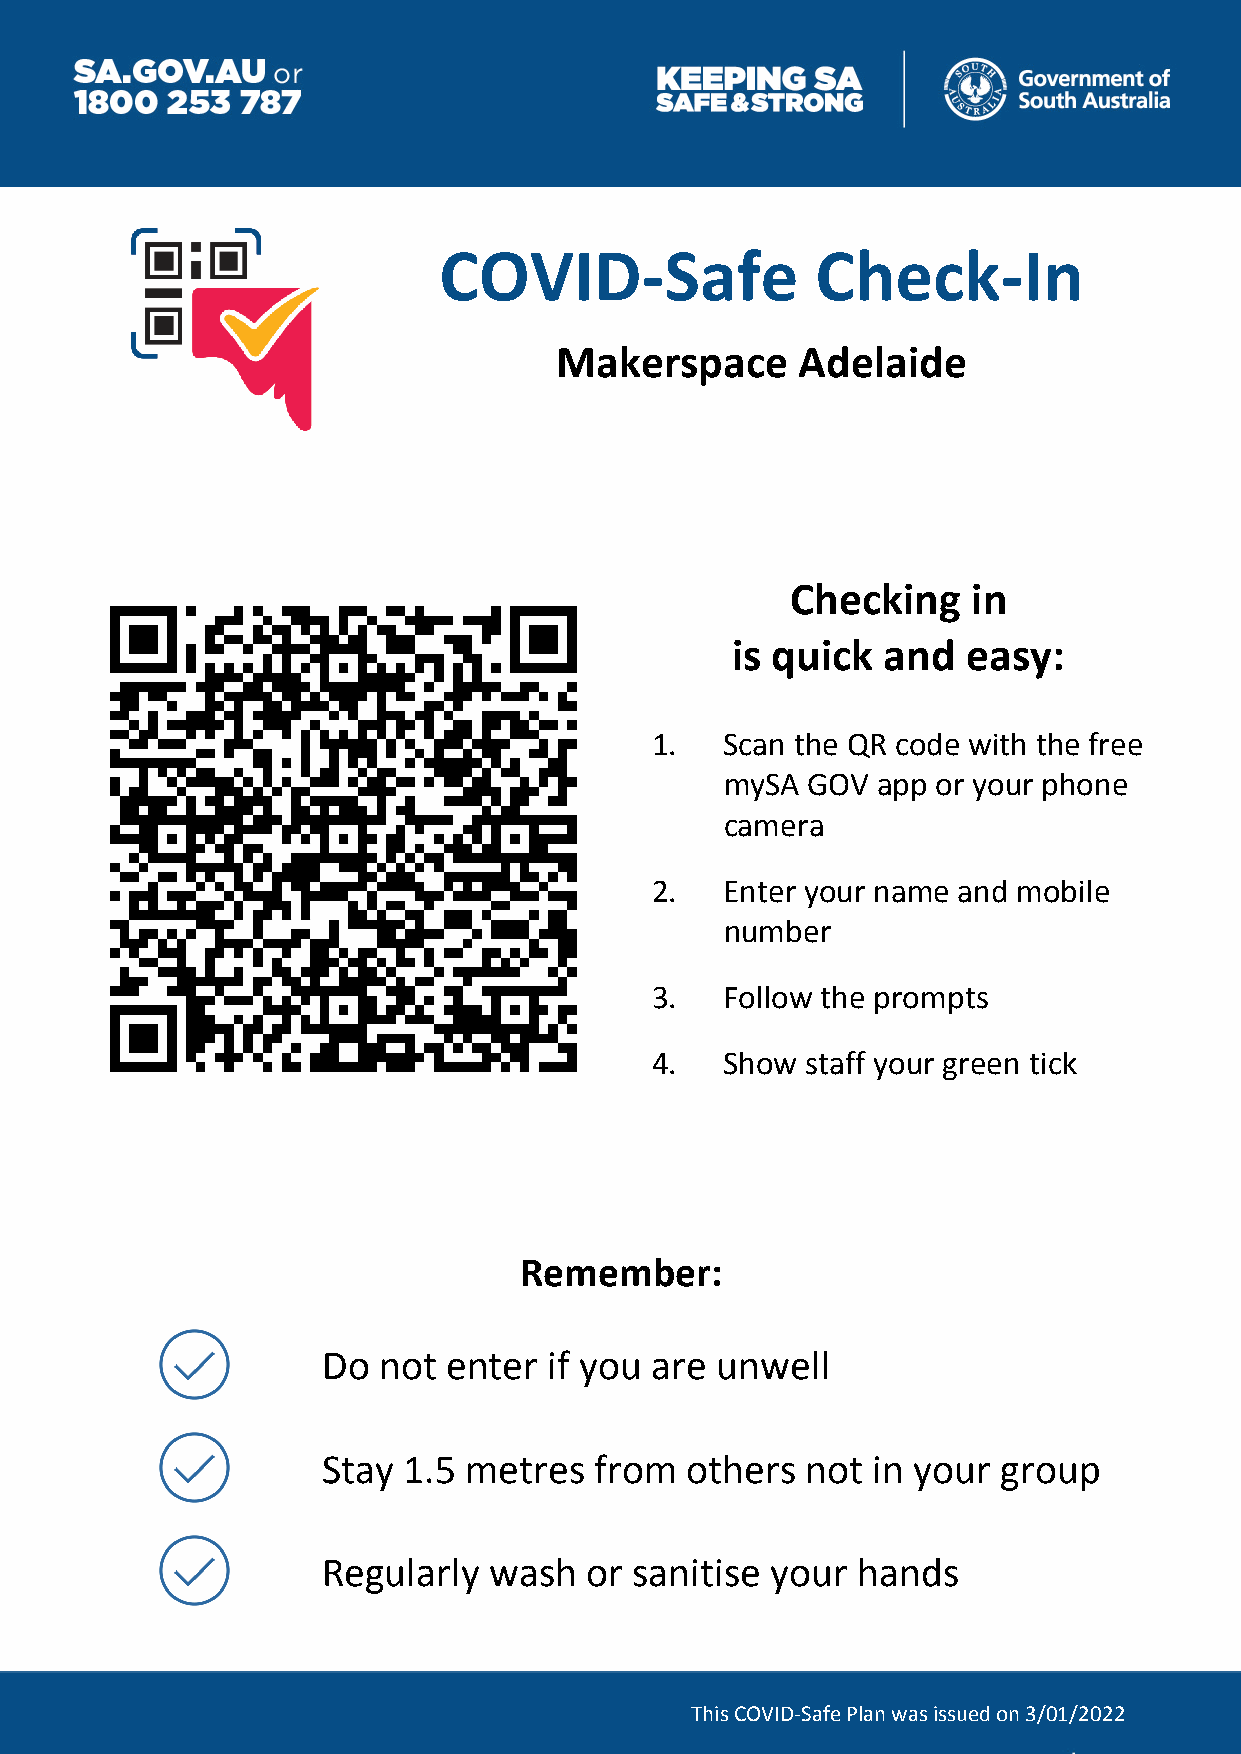
COVID-Safe               Check-In
 Makerspace      Adelaide
 Checking    in
 is quick   and  easy:
 1.   Scan the QR code with the free
 mySA GOV  app or your phone
 camera
 2.   Enter your name and mobile
 number
 3.   Follow the prompts
 4.   Show staff your green tick
 Remember:
 Do  not  enter if you are unwell
 Stay  1.5 metres  from  others  not  in your group
 Regularly  wash   or sanitise your  hands
 This COVID-Safe Plan was issued on 3/01/2022